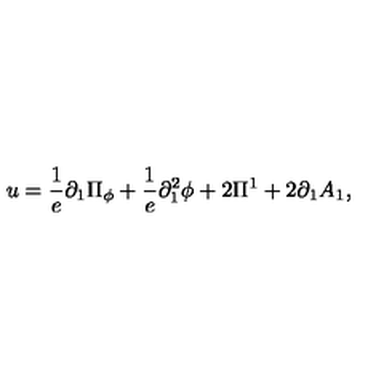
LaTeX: u = \frac { 1 } { e } \partial _ { 1 } \Pi _ { \phi } + \frac { 1 } { e } \partial _ { 1 } ^ { 2 } \phi + 2 \Pi ^ { 1 } + 2 \partial _ { 1 } A _ { 1 } ,